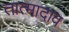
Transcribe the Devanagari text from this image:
तात्मादाव